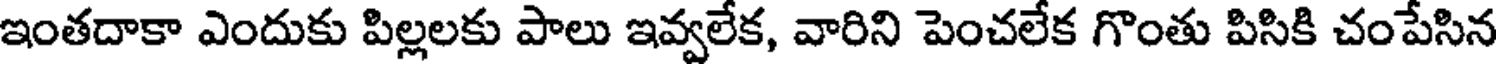
ఇంతదాకా ఎందుకు పిల్లలకు పాలు ఇవ్వలేక, వారిని పెంచలేక గొంతు పిసికి చంపేసిన